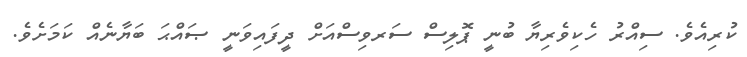
ކުރިއެވެ. ސިއްރު ހެކިވެރިޔާ ބުނީ ޕޮލިސް ސަރވިސްއަށް ދީފައިވަނީ ޞައްޙަ ބަޔާނެއް ކަމަށެވެ.